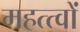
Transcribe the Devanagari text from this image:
महत्त्वों